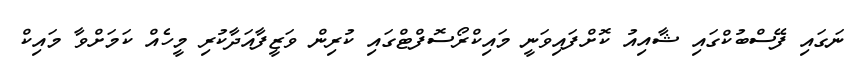
ނަގައި ފޭސްބުކްގައި ޝާއިއު ކޮށްފައިވަނީ މައިކްރޯސޮފްޓްގައި ކުރިން ވަޒީފާއަދާކުރި މީހެއް ކަމަށްވާ މައިކް